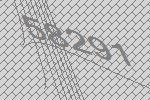
58291